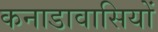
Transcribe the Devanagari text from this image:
कनाडावासियों